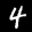
Label: 4